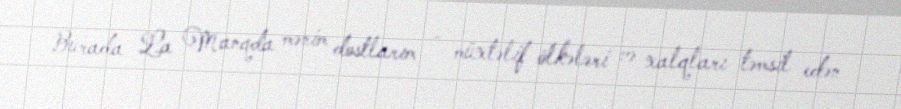
Burada La Manqda mənim dostlarım - müxtəlif ölkələri və xalqları təmsil edən